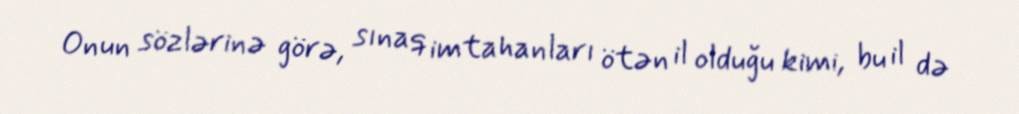
Onun sözlərinə görə, sınaq imtahanları ötən il olduğu kimi, bu il də